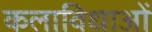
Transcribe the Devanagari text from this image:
कलाविधाओं